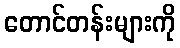
တောင်တန်းများကို